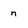
Character: n